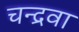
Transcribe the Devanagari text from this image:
चन्द्रवा